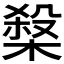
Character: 𱤃